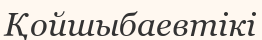
Қойшыбаевтікі